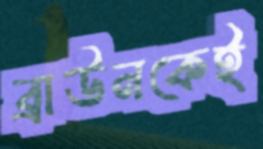
ব্রাউনকেই